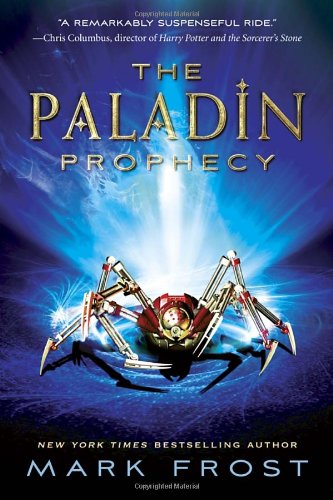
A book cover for The Paladin Prophecy: Book 1; Mark Frost; Teen & Young Adult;